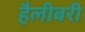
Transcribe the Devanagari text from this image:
हैलीबरी